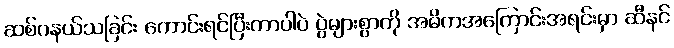
ဆစ်ဂနယ်သခြင်း ကောင်းရင်ပြီးတာပါပဲ ပွဲများစွာကို အဓိကအကြောင်းအရင်းမှာ ဆီနင်